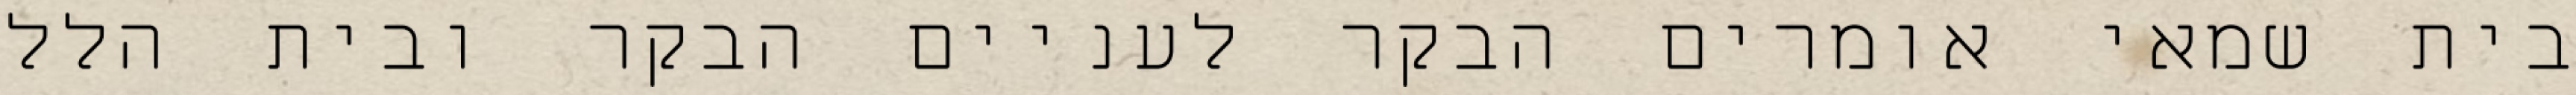
בית שמאי אומרים הבקר לעניים הבקר ובית הלל